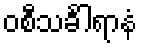
ဝစီသင်္ခါရာနံ